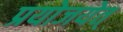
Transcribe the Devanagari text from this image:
प्रयोजयेत्